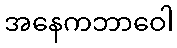
အနေကဘာဝေါ